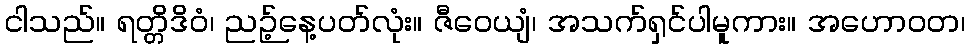
ငါသည်။ ရတ္တိဒိဝံ၊ ညဉ့်နေ့ပတ်လုံး။ ဇီဝေယျံ၊ အသက်ရှင်ပါမူကား။ အဟောဝတ၊